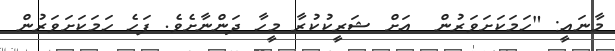
މާނައީ: "ހަމަކަށަވަރުން  އަށް ޝަރީކުކުރާ މީހާ ދަންނާށެވެ. ފަހެ ހަމަކަށަވަރުން